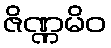
ဇိဏ္ဏမိဝ